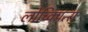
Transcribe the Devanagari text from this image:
लोच्क्पित्स्